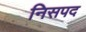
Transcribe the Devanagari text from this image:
निसपद